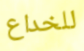
للخداع